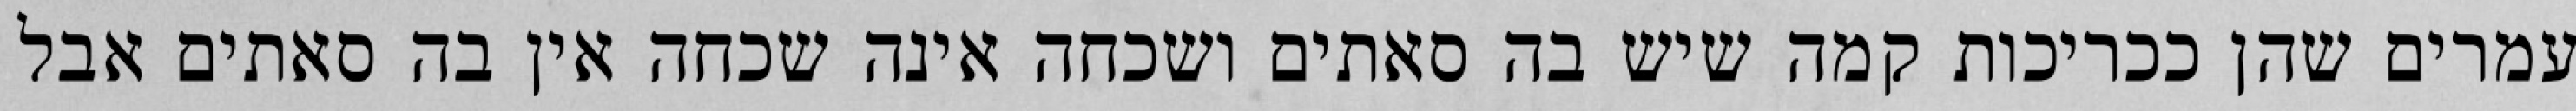
עמרים שהן ככריכות קמה שיש בה סאתים ושכחה אינה שכחה אין בה סאתים אבל